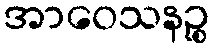
အာဝေသနဉ္စ